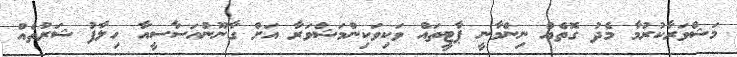
މަޝްވަރާކުރުމާ މެދު ގޮތެއް ނިންމާނީ ޕާޓީތައް ވަކިވަކިންމަޝްވަރާ އަށް ގާނޫނުއަސާސީއާ ހިލާފު ޝަރުތެއް